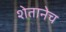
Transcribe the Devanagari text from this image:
शेतानेच